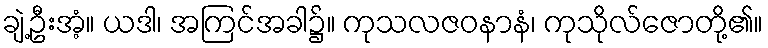
ချဲ့ဦးအံ့။ ယဒါ၊ အကြင်အခါ၌။ ကုသလဇဝနာနံ၊ ကုသိုလ်ဇောတို့၏။